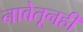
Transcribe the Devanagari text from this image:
नावेतूनही